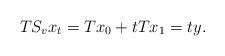
LaTeX: \begin{align*} TS_v x_t = Tx_0 + tTx_1= ty .\end{align*}